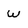
Character: w